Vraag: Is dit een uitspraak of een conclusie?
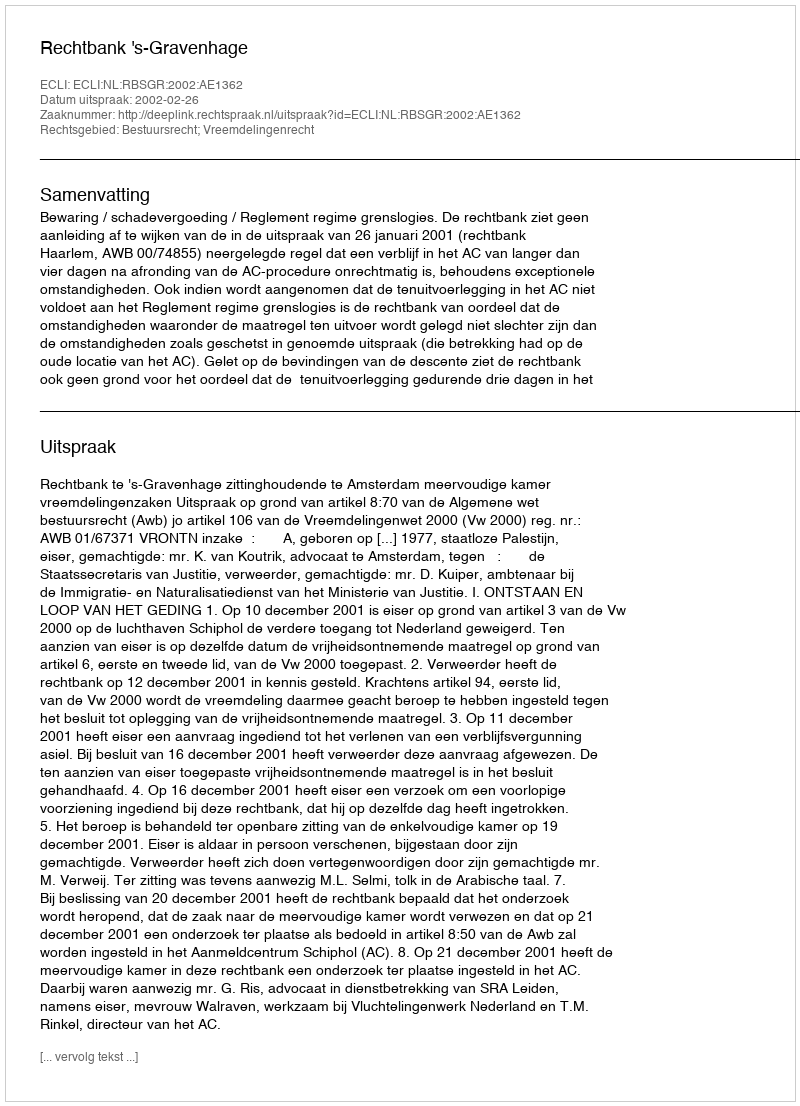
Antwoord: Uitspraak